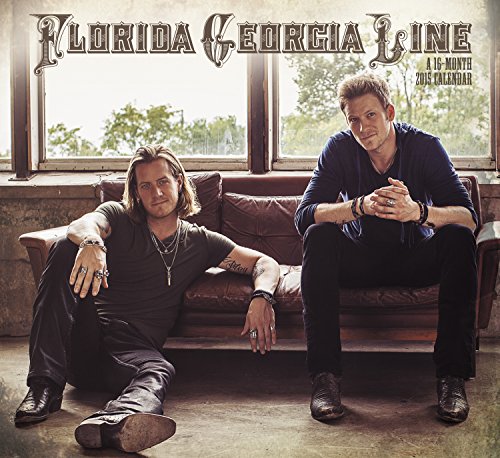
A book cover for Florida Georgia Line Wall Calendar (2015); Day Dream; Calendars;